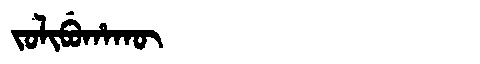
Manchu: ᠵᠣᠯᡳᠪᡠᡥᠠᡴᡡ
Romanization: JOLIBUHAKŪ